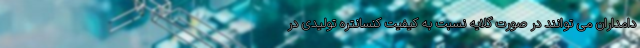
دامداران می توانند در صورت گلایه نسبت به کیفیت کنسانتره تولیدی در